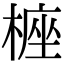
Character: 𣖵